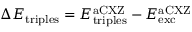
\Delta E _ { \mathrm { t r i p l e s } } = E _ { \mathrm { t r i p l e s } } ^ { \mathrm { a C X Z } } - E _ { \mathrm { e x c } } ^ { \mathrm { a C X Z } }